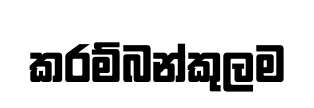
කරම්බන්කුලම